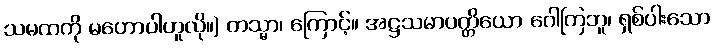
သမထကို မဟောပါဟူလို။) တသ္မာ၊ ကြောင့်။ အဋ္ဌသမာပတ္တိယော ဂေါတြဘူ၊ ရှစ်ပါးသော